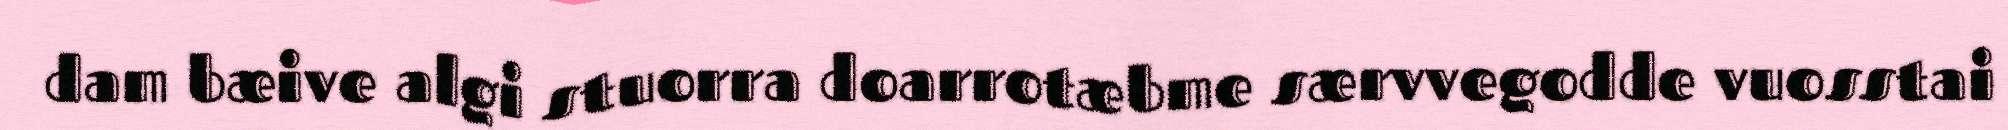
dam bæive algi stuorra doarrotæbme særvvegodde vuosstai